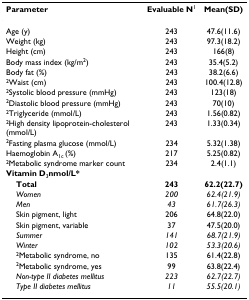
<table><thead><tr><td><b>Parameter</b></td><td><b>Evaluable N<sup>1</sup></b></td><td><b>Mean(SD)</b></td></tr></thead><tbody><tr><td>Age (y)</td><td>243</td><td>47.6(11.6)</td></tr><tr><td>Weight (kg)</td><td>243</td><td>97.3(18.2)</td></tr><tr><td>Height (cm)</td><td>243</td><td>166(8)</td></tr><tr><td>Body mass index (kg/m<sup>2</sup>)</td><td>243</td><td>35.4(5.2)</td></tr><tr><td>Body fat (%)</td><td>243</td><td>38.2(6.6)</td></tr><tr><td><sup>2</sup>Waist (cm)</td><td>243</td><td>100.4(12.8)</td></tr><tr><td><sup>2</sup>Systolic blood pressure (mmHg)</td><td>243</td><td>123(18)</td></tr><tr><td><sup>2</sup>Diastolic blood pressure (mmHg)</td><td>243</td><td>70(10)</td></tr><tr><td><sup>2</sup>Triglyceride (mmol/L)</td><td>243</td><td>1.56(0.82)</td></tr><tr><td><sup>2</sup>High density lipoprotein-cholesterol (mmol/L)</td><td>243</td><td>1.33(0.34)</td></tr><tr><td><sup>2</sup>Fasting plasma glucose (mmol/L)</td><td>234</td><td>5.32(1.38)</td></tr><tr><td>Haemoglobin A<sub>1c </sub>(%)</td><td>217</td><td>5.25(0.82)</td></tr><tr><td><sup>2</sup>Metabolic syndrome marker count</td><td>234</td><td>2.4(1.1)</td></tr><tr><td><b>Vitamin D</b><sub>3</sub><b>nmol/L*</b></td><td></td><td></td></tr><tr><td> <b>Total</b></td><td><b>243</b></td><td><b>62.2(22.7)</b></td></tr><tr><td> <i>Women</i></td><td><i>200</i></td><td><i>62.4(21.9)</i></td></tr><tr><td> <i>Men</i></td><td><i>43</i></td><td><i>61.7(26.3)</i></td></tr><tr><td> Skin pigment, light</td><td>206</td><td>64.8(22.0)</td></tr><tr><td> Skin pigment, variable</td><td>37</td><td>47.5(20.0)</td></tr><tr><td> <i>Summer</i></td><td><i>141</i></td><td><i>68.7(21.9)</i></td></tr><tr><td> <i>Winter</i></td><td><i>102</i></td><td><i>53.3(20.6)</i></td></tr><tr><td> <sup>2</sup>Metabolic syndrome, no</td><td>135</td><td>61.4(22.8)</td></tr><tr><td> <sup>2</sup>Metabolic syndrome, yes</td><td>99</td><td>63.8(22.4)</td></tr><tr><td> <i>Non-type II diabetes mellitus</i></td><td><i>223</i></td><td><i>62.7(22.7)</i></td></tr><tr><td> <i>Type II diabetes mellitus</i></td><td><i>11</i></td><td><i>55.5(20.1)</i></td></tr></tbody></table>